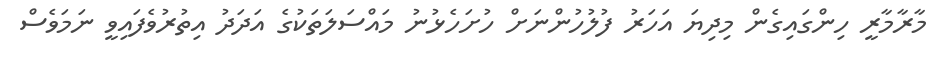
މާރާމާރީ ހިންގައިގެން މިދިޔަ އަހަރު ފުލުހުންނަށް ހުށަހެޅުނު މައްސަލަތަކުގެ އަދަދު އިތުރުވެފައިވީ ނަމަވެސް